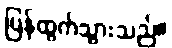
ပြန်ထွက်သွားသည်။